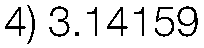
4) 3.14159